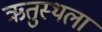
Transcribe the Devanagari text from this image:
ऋतुस्थला